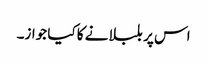
اس پر بلبلانے کا کیا جواز۔